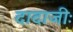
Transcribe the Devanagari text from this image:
दादाजीः